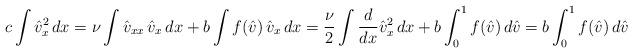
LaTeX: \begin{align*}c\int \hat{v}_x^2 \, dx& = \nu \int \hat{v}_{xx}\, \hat{v}_x \, dx + b \int f(\hat{v})\, \hat{v}_x \, dx= \frac \nu 2\int \frac{d}{dx} \hat{v}_x^2 \, dx + b \int_0^1 f(\hat{v})\, d\hat{v} = b \int_0^1 f(\hat{v})\, d\hat{v}\end{align*}